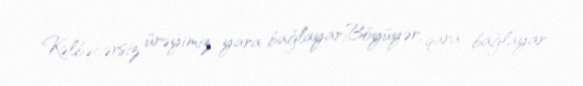
Kəlbəcərsiz ürəyimiz yara bağlayar,Böyüyər, qara bağlayar.